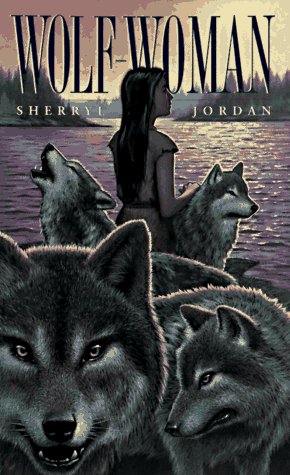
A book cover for Wolf-Woman (Laurel-Leaf Books); Sherryl Jordan; Teen & Young Adult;